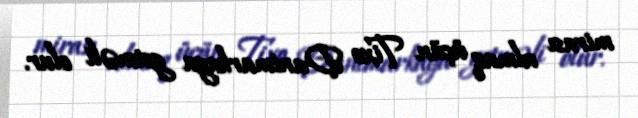
mirası almaq üçün Tixo Danimarkaya getməli olur.